Vaccination in Bombay 1863-1868 - 1863-1868
Year: 1863
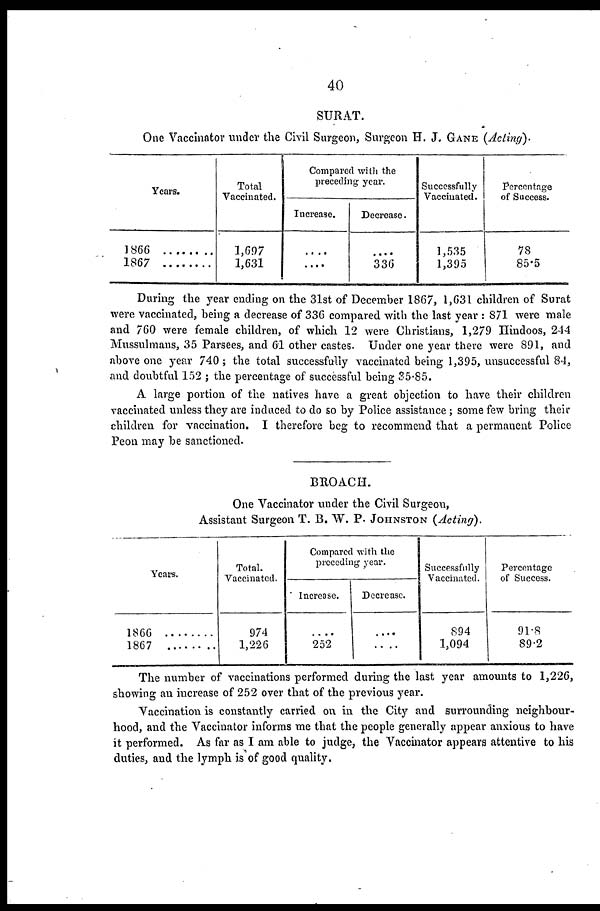
40
SURAT.
One Vaccinator under the Civil Surgeon, Surgeon H. J. GANE (Acting).
Years.
1866
1867
Total
Vaccinated.
1,697
1,631
Compared with the
preceding year.
Increase.
....
....
Decrease.
....
336
Successfully
Vaccinated.
1,535
1,395
Percentage
of Success.
78
85.5
During the year ending on the 31st of December 1867, 1,631 children of Surat
were vaccinated, being a decrease of 336 compared with the last year : 871 were male
and 760 were female children, of which 12 were Christians, 1,279 Hindoos, 244
Mussulmans, 35 Parsees, and 61 other castes. Under one year there were 891, and
above one year 740 ; the total successfully vaccinated being 1,395, unsuccessful 84,
and doubtful 152 ; the percentage of successful being 35.85.
A large portion of the natives have a great objection to have their children
vaccinated unless they are induced to do so by Police assistance ; some few bring their
children for vaccination. I therefore beg to recommend that a permanent Police
Peon may be sanctioned.
BROACH.
One Vaccinator under the Civil Surgeon,
Assistant Surgeon T. B. W. P. JOHNSTON (Acting).
Years.
1866 ...........
1867 ...........
Total.
Vaccinated.
974
1,226
Compared with the
preceding year.
Increase.
....
252
Decrease.
....
....
Successfully
Vaccinated.
894
1,094
Percentage
of Success.
91.8
89.2
The number of vaccinations performed during the last year amounts to 1,226,
showing an increase of 252 over that of the previous year.
Vaccination is constantly carried on in the City and surrounding neighbour-
hood, and the Vaccinator informs me that the people generally appear anxious to have
it performed. As far as I am able to judge, the Vaccinator appears attentive to his
duties, and the lymph is of good quality.